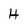
Character: H